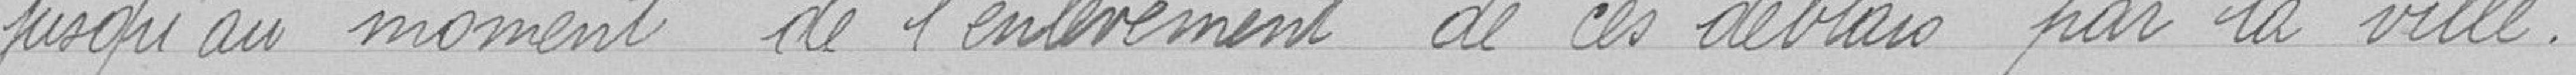
jusqu'au moment de l'enlèvement de ces déblais par la ville .